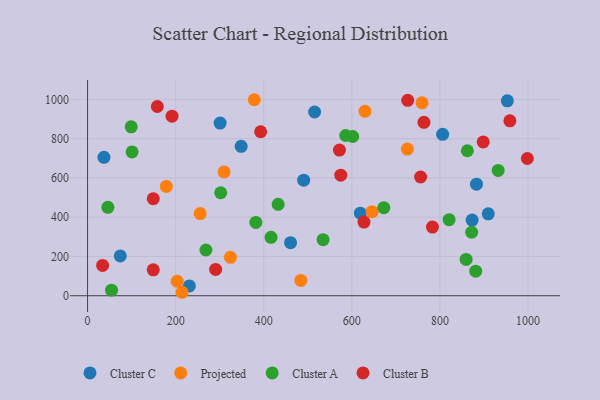
{"axis": {"x": "Ad Spend", "y": "Salary"}, "legend": ["Cluster A", "Cluster B", "Cluster C", "Projected"], "data": [{"x": "953.1", "y": 992.9, "type": "Cluster C"}, {"x": "490.7", "y": 588.4, "type": "Cluster C"}, {"x": "348.7", "y": 761.0, "type": "Cluster C"}, {"x": "619.4", "y": 420.6, "type": "Cluster C"}, {"x": "883.1", "y": 568.2, "type": "Cluster C"}, {"x": "231.2", "y": 49.8, "type": "Cluster C"}, {"x": "909.8", "y": 417.0, "type": "Cluster C"}, {"x": "301.0", "y": 879.5, "type": "Cluster C"}, {"x": "74.3", "y": 202.7, "type": "Cluster C"}, {"x": "37.2", "y": 705.1, "type": "Cluster C"}, {"x": "515.5", "y": 935.9, "type": "Cluster C"}, {"x": "873.1", "y": 385.5, "type": "Cluster C"}, {"x": "806.2", "y": 822.1, "type": "Cluster C"}, {"x": "460.9", "y": 270.0, "type": "Cluster C"}, {"x": "484.3", "y": 77.8, "type": "Projected"}, {"x": "759.5", "y": 982.4, "type": "Projected"}, {"x": "726.1", "y": 747.2, "type": "Projected"}, {"x": "203.5", "y": 73.7, "type": "Projected"}, {"x": "629.9", "y": 939.4, "type": "Projected"}, {"x": "178.8", "y": 556.7, "type": "Projected"}, {"x": "310.0", "y": 630.5, "type": "Projected"}, {"x": "645.9", "y": 428.1, "type": "Projected"}, {"x": "378.5", "y": 998.3, "type": "Projected"}, {"x": "214.5", "y": 17.6, "type": "Projected"}, {"x": "324.4", "y": 195.6, "type": "Projected"}, {"x": "255.7", "y": 418.3, "type": "Projected"}, {"x": "602.0", "y": 811.0, "type": "Cluster A"}, {"x": "46.1", "y": 450.3, "type": "Cluster A"}, {"x": "302.3", "y": 524.4, "type": "Cluster A"}, {"x": "99.1", "y": 860.4, "type": "Cluster A"}, {"x": "872.1", "y": 323.2, "type": "Cluster A"}, {"x": "672.6", "y": 448.4, "type": "Cluster A"}, {"x": "382.1", "y": 373.5, "type": "Cluster A"}, {"x": "859.5", "y": 185.0, "type": "Cluster A"}, {"x": "432.7", "y": 465.3, "type": "Cluster A"}, {"x": "534.8", "y": 285.4, "type": "Cluster A"}, {"x": "586.1", "y": 816.2, "type": "Cluster A"}, {"x": "932.3", "y": 638.0, "type": "Cluster A"}, {"x": "268.7", "y": 232.8, "type": "Cluster A"}, {"x": "820.9", "y": 387.2, "type": "Cluster A"}, {"x": "862.3", "y": 738.3, "type": "Cluster A"}, {"x": "101.1", "y": 732.5, "type": "Cluster A"}, {"x": "54.4", "y": 28.1, "type": "Cluster A"}, {"x": "881.3", "y": 124.9, "type": "Cluster A"}, {"x": "416.5", "y": 297.5, "type": "Cluster A"}, {"x": "726.9", "y": 995.0, "type": "Cluster B"}, {"x": "627.6", "y": 375.3, "type": "Cluster B"}, {"x": "34.2", "y": 154.2, "type": "Cluster B"}, {"x": "149.2", "y": 494.2, "type": "Cluster B"}, {"x": "898.3", "y": 783.4, "type": "Cluster B"}, {"x": "958.9", "y": 891.0, "type": "Cluster B"}, {"x": "998.6", "y": 699.0, "type": "Cluster B"}, {"x": "763.8", "y": 883.2, "type": "Cluster B"}, {"x": "149.2", "y": 131.7, "type": "Cluster B"}, {"x": "191.8", "y": 914.7, "type": "Cluster B"}, {"x": "574.9", "y": 614.2, "type": "Cluster B"}, {"x": "756.2", "y": 604.6, "type": "Cluster B"}, {"x": "571.9", "y": 741.8, "type": "Cluster B"}, {"x": "393.0", "y": 835.2, "type": "Cluster B"}, {"x": "158.4", "y": 963.8, "type": "Cluster B"}, {"x": "290.8", "y": 134.2, "type": "Cluster B"}, {"x": "783.1", "y": 349.7, "type": "Cluster B"}]}